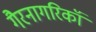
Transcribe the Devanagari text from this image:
गैरनागरिकॉ